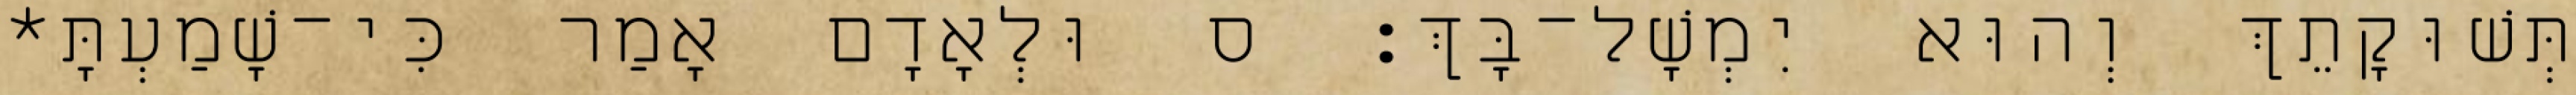
תְּשׁוּקָתֵךְ וְהוּא יִמְשָׁל־בָּךְ׃ ס וּלְאָדָם אָמַר כִּי־שָׁמַעְתָּ*